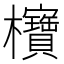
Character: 𪴥